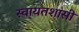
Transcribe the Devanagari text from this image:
स्वायतशासी